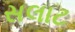
સલાટ